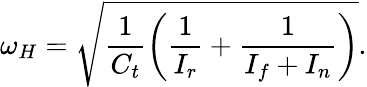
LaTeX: \omega_{H}=\sqrt{\frac{1}{C_{t}}\left(\frac{1}{I_{r}}+\frac{1}{I_{f}+I_{n}}\right)}.